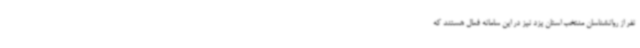
نفر از روانشناسان منتخب استان یزد نیز در این سامانه فعال هستند که